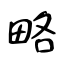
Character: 略